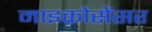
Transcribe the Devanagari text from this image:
माइक्रोसेंसर